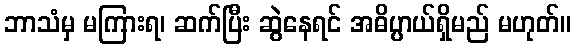
ဘာသံမှ မကြားရ၊ ဆက်ပြီး ဆွဲနေရင် အဓိပ္ပာယ်ရှိမည် မဟုတ်။